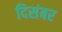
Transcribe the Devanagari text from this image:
दिसंबर